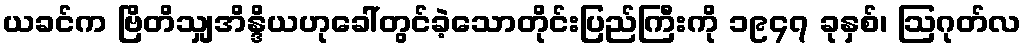
ယခင်က ဗြိတိသျှအိန္ဒိယဟုခေါ်တွင်ခဲ့သောတိုင်းပြည်ကြီးကို ၁၉၄၇ ခုနှစ်၊ ဩဂုတ်လ